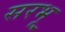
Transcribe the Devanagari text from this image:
सरभू